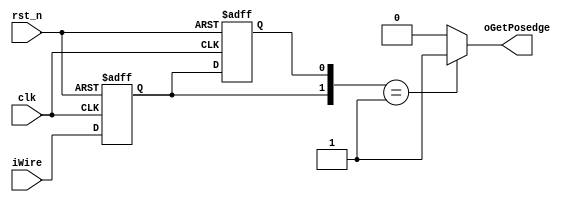
module getPosedge (                                                 // iWire 2clk
    input  wire                         clk                        ,//50MHz
    input  wire                         rst_n                      ,
    input  wire                         iWire                      ,
    output wire                         oGetPosedge                 
);

reg                                     iWire_reg1                 ;
reg                                     iWire_reg2                 ;

always @(posedge clk or negedge rst_n) begin
    if (!rst_n) begin
        iWire_reg1 <= 1'b0;
        iWire_reg2 <= 1'b0;
    end
    else begin
        iWire_reg1 <= iWire;
        iWire_reg2 <= iWire_reg1;
    end
end

assign oGetPosedge = ({iWire_reg1,iWire_reg2} == 2'b01) ? 1'b1 : 1'b0;

endmodule